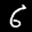
Label: 6